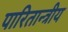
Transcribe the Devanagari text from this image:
पारितान्त्रीय